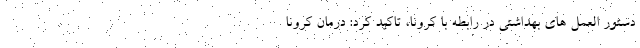
دستور العمل های بهداشتی در رابطه با کرونا، تاکید کرد: درمان کرونا